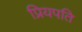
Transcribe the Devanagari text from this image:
प्रियपति